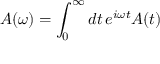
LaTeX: A ( \omega ) = \int _ { 0 } ^ { \infty } d t \, e ^ { i \omega t } A ( t )